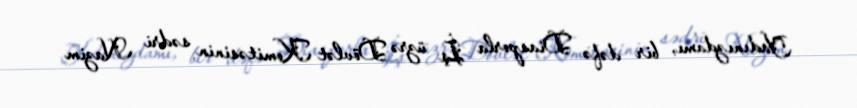
Yadınızdamı, bir dəfə Diasporla İş üzrə Dövlət Komitəsinin sədri Nazim